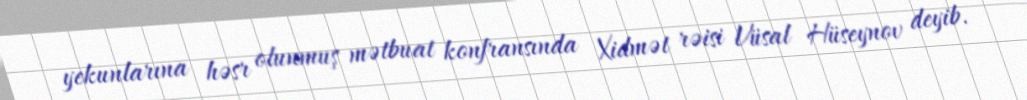
yekunlarına həsr olunmuş mətbuat konfransında Xidmət rəisi Vüsal Hüseynov deyib.